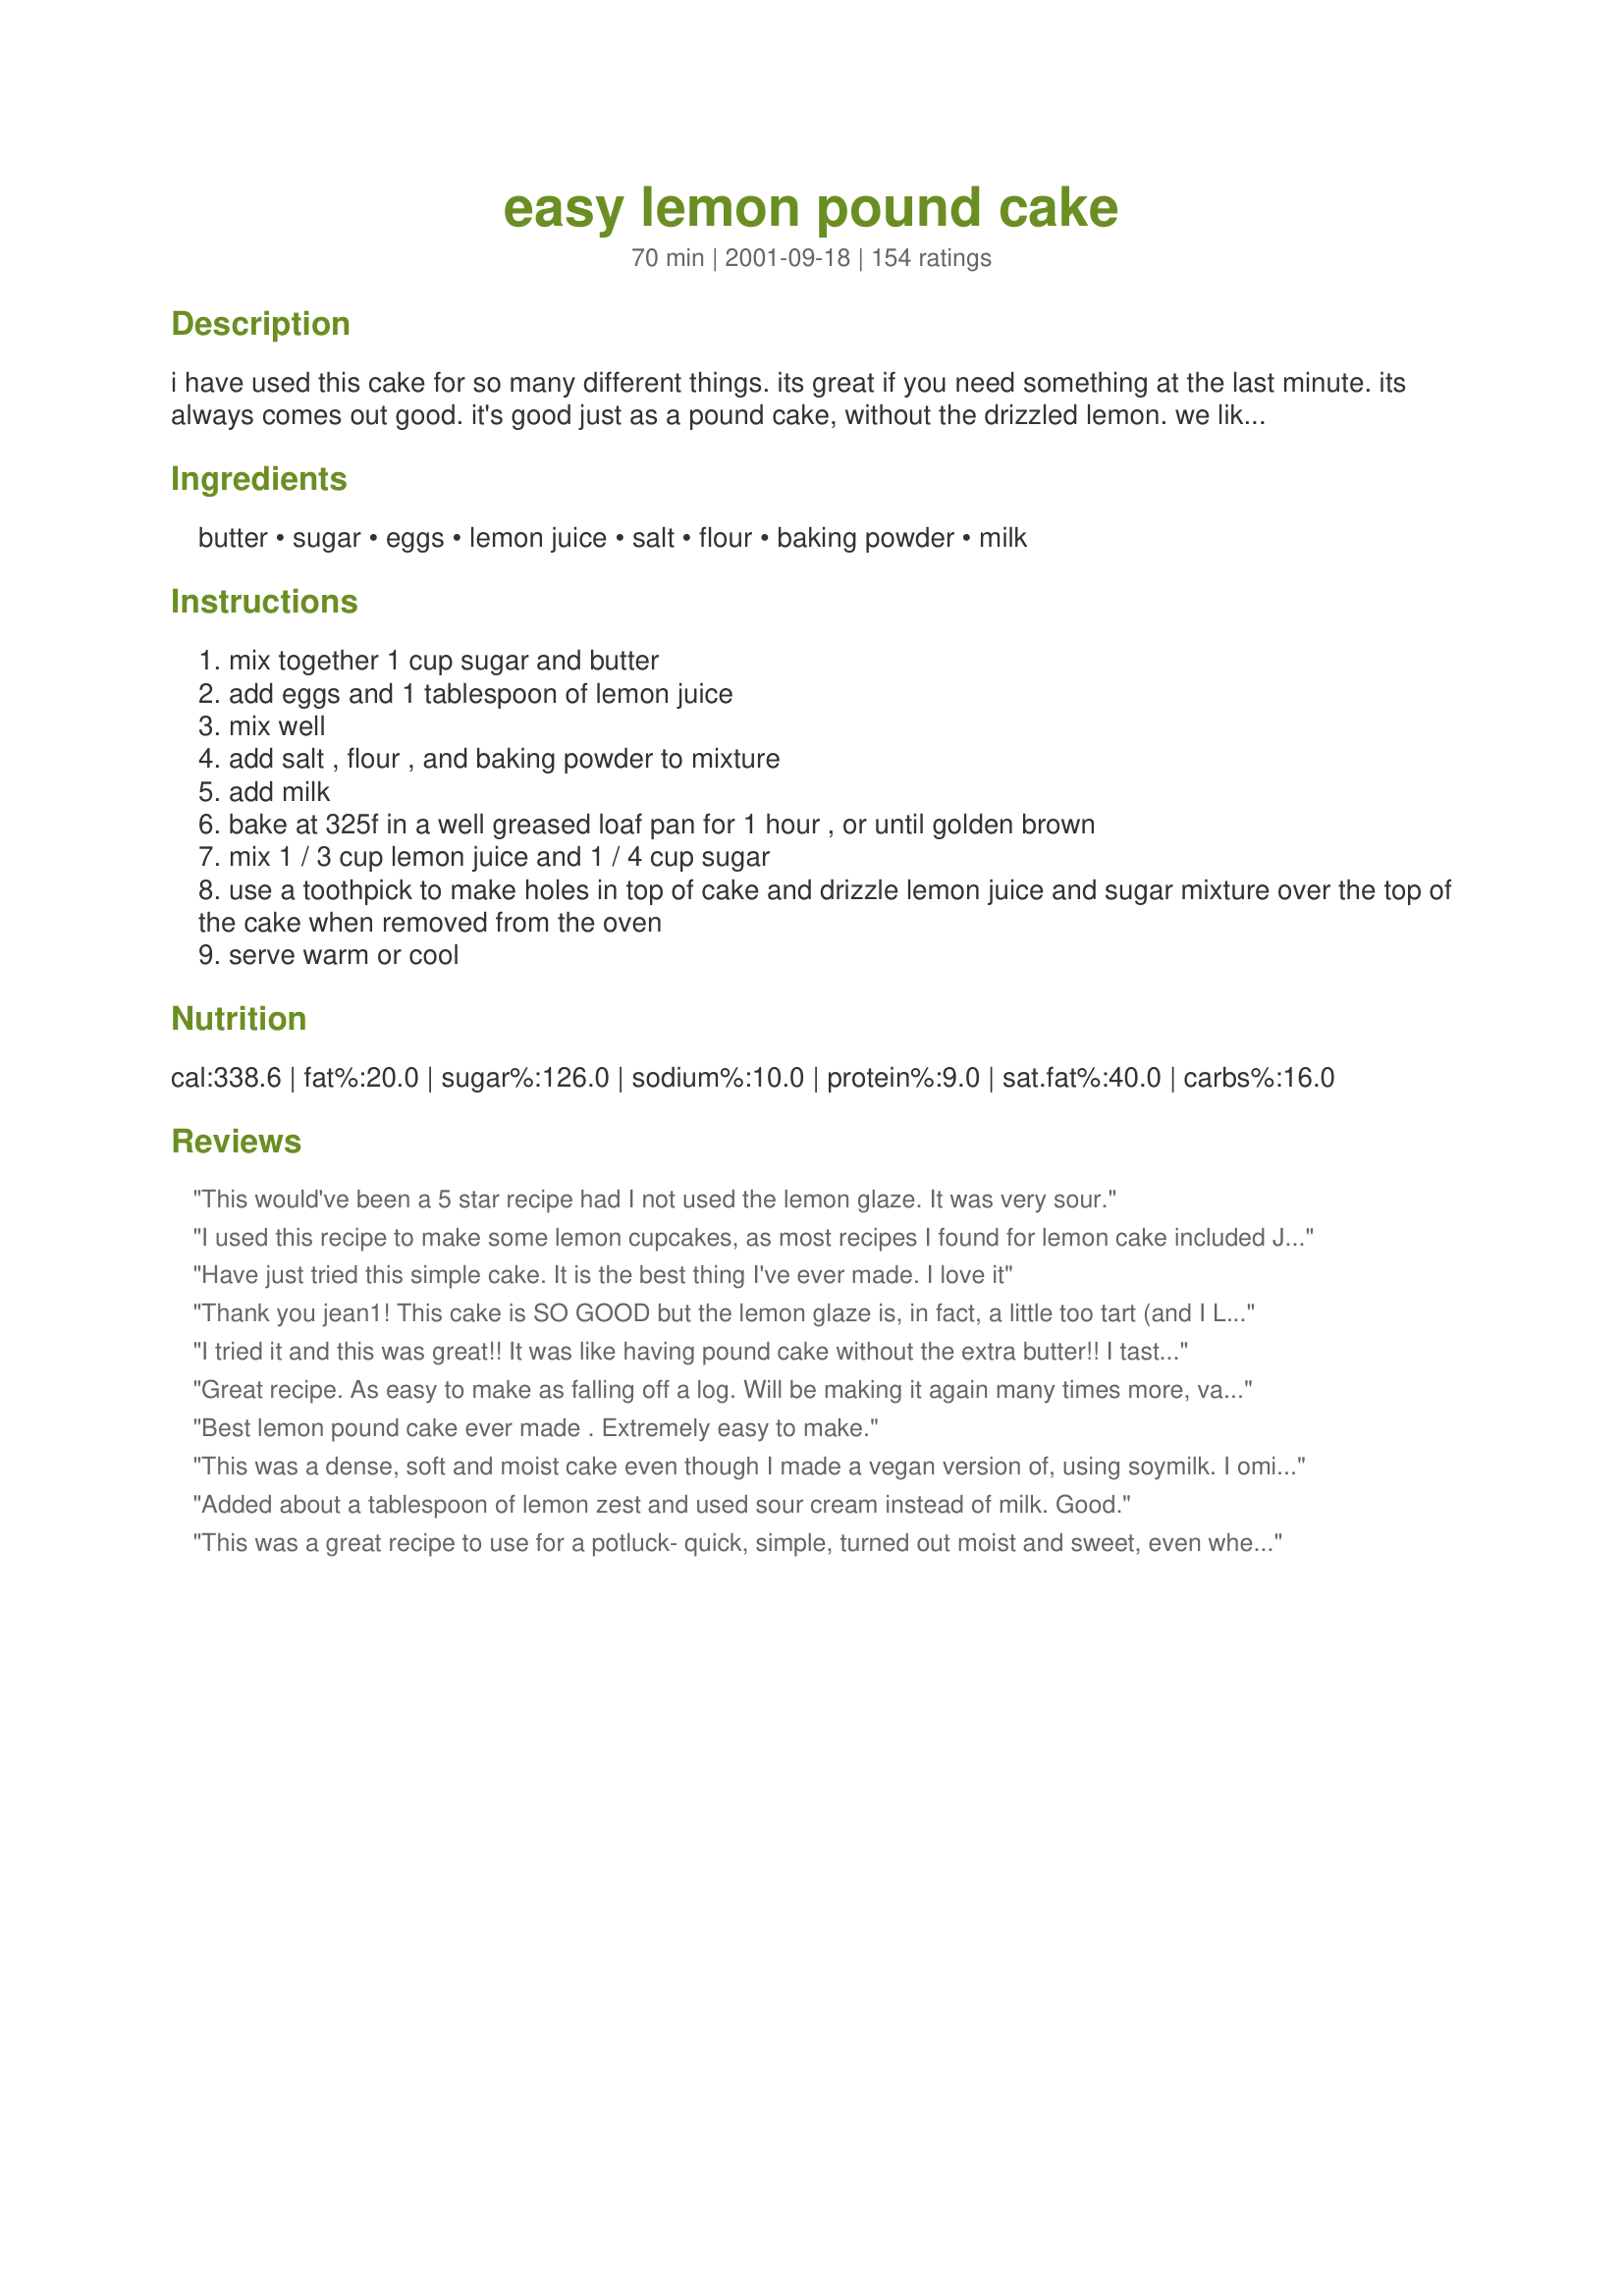
easy lemon pound cake
Preparation time: 70 minutes

i have used this cake for so many different things. its great if you need something at the last minute. its always comes out good. it's good just as a pound cake, without the drizzled lemon. we like it for strawberry shortcake.

Ingredients:
butter, sugar, eggs, lemon juice, salt, flour, baking powder, milk

Steps:
mix together 1 cup sugar and butter
add eggs and 1 tablespoon of lemon juice
mix well
add salt , flour , and baking powder to mixture
add milk
bake at 325f in a well greased loaf pan for 1 hour , or until golden brown
mix 1 / 3 cup lemon juice and 1 / 4 cup sugar
use a toothpick to make holes in top of cake and drizzle lemon juice and sugar mixture over the top of the cake when removed from the oven
serve warm or cool

Reviews:
This would've been a 5 star recipe had I not used the lemon glaze. It was very sour.
I used this recipe to make some lemon cupcakes, as most recipes I found for lemon cake included Jell-O, which isn't easy to find here in the UK. The transition from pound cake to cupcakes worked fine, but I ended up drizzling some fresh lemon juice over the cupcakes before icing them to make them a bit more lemony, as I like my lemon cake to be quite lemony!
Have just tried this simple cake. It is the best thing I've ever made. I love it
Thank you jean1! This cake is SO GOOD but the lemon glaze is, in fact, a little too tart (and I LOVE tart lemony desserts - I have a pinterest board to prove it: pinterest.com/deluxerx/the-lemon-merchant/) &lt;br/&gt;I offer this glaze as an alternative | Lemon Glaze: 1/4 cup fresh lemon juice. 1/4 cup sugar. 1/8 cup water. To make the glaze: Mix all ingredients in a small saucepan and stir. Cook over low heat without stirring till the sugar dissolves. Turn heat up to medium and cook mixture until it JUST starts to becomes syrupy. DON&#039;T overcook or the syrup will start to turn brown. Use a round chopstick to poke holes in cake and pour glaze over cake. Oh yeah, I also added the zest of 1 lemon and 1/2 tsp of vanilla to the batter. Amazingly delicious and easy recipe.
I tried it and this was great!! It was like having pound cake without the extra butter!! I tasted like a "light" pound cake to me. I doubled the lemon based on the advice of other reviewers. The glaze really brings it all together! I used my 8 count mini loaf pan. Thanks for posting!
Great recipe. As easy to make as falling off a log. Will be making it again many times more, varying the flavour, maybe adding sultanas or slicing it in the middle and adding jam and buttercream. Thanks a million. Anna x
Best lemon pound cake ever made . Extremely easy to make.
This was a dense, soft and moist cake even though I made a vegan version of, using soymilk. I omitted the salt, as I usually do and used a mixture of white, whole-wheat and buckwheat flours and baked it in my kugelhopf tin since the bundt cake in the photograph looks so tempting. Additionally I increased the quantity of baking powder to 1-1/2 tsp. and added 1/2 tsp. of baking soda. Since I did want the extra sugar of a glaze and because I desired an ultra lemon flavour, I added the zest and juice of lemons. Incidently, I did not replace the eggs except by increasing the baking agents. The lemon made up for the liquid content of the eggs as well as presumably reacting with the baking powder and soda to produce well-risen cake. I have not had success with lemon-cake for a while but this certainly compensated for the past failures. Thank you. I will use the recipe again.
Added about a tablespoon of lemon zest and used sour cream instead of milk. Good.
This was a great recipe to use for a potluck- quick, simple, turned out moist and sweet, even when I ended up using a toaster oven. I have been requested to bake this again, although I'll have to make a lemon frosting, as I have no powdered sugar for a proper glaze.
Im sorry but this isn't a good recipe for me.... i followed everything step by step... but all i could taste and smell was flour... I had to throw it away..
I love this, super easy, everything is already on hand. Terrific!
WOW! this cake is beautiful! I two added a bit more lemon, just because i love lemon. I added half a lemon which is probably 2 or so table spoons of lemon juice. But then i ended up having to put less lemon juice on top with the sugar. But two huge thumbs up, this cake is wonderful, it turned out SO soft and perfect. 10 outta 10!
This cake has a lot of potential. I didn't like the idea of soaking the cake with lemon/sugar drizzle so I left that off. The cake by itself wasn't sweet enough for MY family because we all have a really bad sweet tooth. I would definitely add more sugar next time. I did add some lemon zest from one lemon but next time I won't be so bashful. I would add the zest from 2-3 lemons for sure! Also, if you like lemon as my family does add more lemon juice to the cake. I used 1/4 cup of milk and just over 1/4 cup of lemon juice. Next time I may use only 1-2 tbsp of milk and at least 1/2 cup of lemon juice. Btw I did have to bake mine about 1 hr 20 min, but the texture was great! It was moist and light. I will bake this again and make more adjustments until I get it just right :)
Very easy to make and the result is a dense, moist cake. Took the suggestion of previous reviewers and added more lemon to the cake. Actually I added about one tablespoon of lemon zest. Made the glaze but did not pour it over the cake at once. Instead I drizzled a little of the glaze on every slice of the cake whenever we ate it. Yummy! In between I kept the glaze in the fridge.(it did not have to stay in the fridge for too long as the cake was gone within a couple of days)
Thanks for posting.
This one is a winner. To add to the chorus, I doubled the amount of lemon in the cake and added the zest of one lemon. Moist, not too heavy, delish with some strawberries from the farmers market and whipped cream.
My cake did not turn out well. I followed the recipe exactly and found my batter to be thin and nothing like traditional pound cake. I greased the pan well, yet the cake stuck to the bottom. I don't know if flouring the pan would have helped or if the cake was meant to stay in the pan. The directions were not clear on this. I ended up trowing it out. I started again but used a recipe from a cookbook which I had no problems with (the batter was much thicker). It also had a glaze than you poured on after removing from the pan. I'm not sure what went wrong. I've been baking for 40 years and I'm puzzle with this one. I reread the instructions to make sure I had not made a mistake. I'm not giving this any stars because other reviewers love it. Sorry!
This was great. I dont like cake much at all but this was really good. It did taste more cake like than pound cake like, but ever so good. And the topping was the best part.
Absolutely delicious! I used the juice and grated rind of one lemon and only 1/4 cup of milk. Lovely texture and lovely lemon flavor.
i made this cake according to the directions, but i used glass loaf pan so i reduced the temperature by 25 degrees (still baked for one hour). it was basically perfect, maybe a tiny bit overdone on the edges, so i'd probably bake it for a shorter time next time.
Delicious! I added zest of one lemon and a bit of lemon extract. This cake is lighter and not as dense as a traditional pound cake. We all enjoyed it.
I made this on a whim and my family loved it. So easy to whip the ingredients together (in one bowl!) while dinner is cooking.&lt;br/&gt;&lt;br/&gt;I only made a slight change - I added the zest of the lemon to the cake because I love lemon zest. &lt;br/&gt;&lt;br/&gt;It&#039;s great. Don&#039;t skimp on the glaze!
This was spectacular!!! I added a little lemmon zest and omitted the salt and baking powder, using self rising flour. My hubby sampled it hot and loved it!! It made two loaf pans so I wrapped them up while still warm in wax paper, then foil. The next day this was the talk of the moring, very moist and delicous. Thank you so much!!!!
I substituted half of a cup of flour with half a cup of unsweetened fine coconut. Wow, this becomes a very moist, yet lightish still.
I need more stars!! This cake is great - so great in fact that when I thought about taking a picture of it to go with this rating my husband had already eaten two slices!! I am still &quot;experimenting&quot; with baking so I am always looking for easy recipes and this one is perfect. I didn&#039;t have to worry about alternating the dry ingredients with the wet or anything else too complicated. I did let my eggs come to room temperature and floured as well as greased my pan and used confectioner sugar and fresh lemon juice for the glaze. Soooo good! I&#039;m going to have to make another one just so I can take a picture of it!
I Love this cake. It is soooo easy to make. The first time I made it, I obviously did not read the directions right, because I thought the milk went on with the topping, not in the cake. So after it baked with no milk, I just doubled the lemon juice, sugar on poked several holes for the topping to soak in good. It was great!!!. Next time I made it correctly, with milk. This version was delicious as well. I think I might lean to the one without the meal though. Thanks for the recipe.
I'm not sure how this received such high reviews. Just tried it and I am not a fan. It doesn't taste like a traditional pound cake and the lemon/sugar dressing at the end makes it too sour.
Lacked a lemon flavor unless you put the sugar glaze which makes it soggy
Good cake. I doubled the amount of lemon juice in the cake, and added a little bit of lemon zest to the batter. The cooking time was perfect, and the cake came out delicious! The glaze was really very tart and runny, it didn't act like a glaze so much as extra lemon flavor throughout the cake (which isn't necessarily bad), next time I'll use less lemon juice, a little butter, and powdered sugar instead of granulated sugar.
This recipe was easy and simple. I added 3 TBSP of lemon juice instead of 1.
This is a yummy cake. It&#039;s great with strawberries! My family really enjoyed it. The lemon juice and sugar mixture that goes on after baking gives this a wonderfully tart flavor. I also added the grated zest of one whole lemon to the batter. That made it even more lemony! I will definitely make this again. Note, this really doesn&#039;t have the dense heavy texture of pound cake. It&#039;s still good though. Thanks for sharing the recipe.
Sorry, I cannot recommend this recipe. I, unfortuneately, agree with Mary74.
I have to agree with many of the other reviewers that this is an excellent, yet simple, recipe. I live in Costa Rica and it's difficult to find lemon juice, so I substituted lime juice, but did add a bit of dried lemon zest, and it tasted great! Thanks for sharing the recipe.
This recipe is really easy and delicious! I have used it as a pound cake and cupcakes with lemon frosting. Both turned out moist and perfect!
I use lime juice instead of lemon. Sometimes I top it with coconut also.
This is a great recipe. It's not the classic "pound cake" texture, but I like that I had all the ingredients on hand. It was good with and without the lemon drizzle. I did as the other reviewers suggested and added some lemon zest to the batter.
This cake was awesome, and really easy. I did up the lemon juice and added zest of 2 lemons as others had suggested. Thanks for the easy recipe!
Thank you, this was outstanding. My husband loved it.
This is a keeper! Everyone loved it. I doubled it and made a bundt. The lemon glaze was just a little too lemony for me so I cut the juice and added more sugar. Terrific!
What a simple great tasting recipe - Whole family loves it - I made two so I did not have the same issue as Sharlene
It was easy and looked nice, but I didn't enjoy the taste. I have a real sweet tooth though, so sweet is my preference. My family however said they liked it.
i loved it ! that was an excellent cake.. i threw in some pistachios, added 2 more whole lemons,and 2 grated lemons,it turned out just AWESOME AND PERFECT!thanks alot for sharing, will be making this alot ! :)
this cake was amazing! i brought it to a b-b-q for memorial day and it was gone before you could say the alphabet backwards and its good for all ages!
I made this cake this afternoon and was very disappointed in the way it came out. I would not call it a poundcake at all. It was spongy and very sugary and i didnt make the drizzle. I will look for another recipe and not forward this to anyone....sorry Would not make this again....also batter was very thin.
Thanks Jean1, this is a keeper. I doubled this and it still did not last very long. I would like a little more lemon flavor though and may try adding more lemon juice to the cake.
Very good cake! Went together easy and came out just as I expected. Perfect! I followed the recipe to a "T" and used a bunt pan. Thanks for the great recipe! IT was a HIT with my family
Pretty delicious lemon cake. I used 1 tsp lemon extract in the cake and 3 TBSP lemon juice and 3 TBSP sugar for the glaze. That's all the lemon juice I had, and I don't like tart lemonade/lemon cakes, so that's why i did equal parts sugar and lemon juice. 1 hour was too long in my oven, so next time 50-55 minutes.
I made this cake for my birthday (first time making a cake from scratch), and it was easy. I'd recommend this cake for anyone just starting out, but it is GOOD.
This recipe was quick and easy and delicious. I use it to make several pound cakes for my church.
This is a very easy recipe. I loved it and my DH loved more. It`s a keeper!
Thanks jean1
Absolutely the easiest, tastiest pound cake I've made...a great foundation to build upon! It produced a lovely dense, yet light, pound cake texture. I made some minor changes, added a tbsp of lemon zest to the batter, swirled in a few tbsps. of rhubarb-strawberry jam, and omitted the lemon-sugar drizzle. This recipe has now become my go-to for pound cakes and bundt cakes too! Wonderful!
I'll definitely make this recipe again. I did add 2 1/2 T. of lemon juice to the batter, and it seemed just right for this family. Thanks Jean1...will hold on to this one.
Perfect poundcake! Next time I'd add lemon zest to the batter to increase the lemon flavour and if using a bundt pan I'd double the recipe.
This was a very tasty and simple pound cake recipe. I followed the recipe exactly except I was a little short on lemon so I just grated half of a lemon's worth of zest and put that in the batter instead of the lemon juice. I really liked the lemon glaze on top and the recipe was very easy. I would add even more lemon next time. Thanks for the good recipe!
This came together easily and quickly. Since I was using lemons off my backyard tree, I zested the lemon and added it when I added the flour and baking powder. Also, I changed the glaze to powdered sugar instead of granulated (and added some zest to that as well). Great quick dessert.
I used oil instead of butter and got a very dense moist cake. The dough was more like a batter and as I'm not sure it was meant to be that way. That's why I'm only leaving a comment and no rating. I'll try this recipe again and will make it as stated, because I really like the flavour, so i'll update this review next time.
Just right for when you want a cake that isn't too rich. I threw in some grated lemon rind, instead of just throwing it out. Don't know if it made much difference, the cake was delicious anyway.
excellent cake
it was light and fluffy
easy to follow
and the cake was deliciously moist with the syrup soaked through
Thanks for sharing jean
This was DELICIOUS. I cut the recipe in half and made it in a muffin pan, since I don't have a mini-loaf pan. I did keep the drizzle recipe the same though, since I love lemon flavor, and it sure did soak through the whole cake making it very moist and lemony. I think this would be great to serve to company, even in individual bundt cake pans if I had any. Thanks so much for posting!
I didn&#039;t follow the exact recipe so I don&#039;t think it&#039;s fair to give this any star ratings. I split the milk amount in half &amp; subbed lemon juice for 1/4 c. of the milk. The cake is tasty &amp; has a good density &amp; crumb but there&#039;s something about the glaze that is off for me. I&#039;ll try to make again &amp; follow the directions then I&#039;ll give it a star rating.
This recipe was absolutely delicious! I am not a fan of lemon, so instead I substituted lemon juice for 1/2 - 1 tsp. of vanilla and 1/2 - 3/4 tsp. of cinnamon. I started to put the batter in a mini cupcake pan (12) and cooked that, then decided that it would take too long and poured the rest into a regular cake pan (which is still cooking!). I'm so glad that I made the mini cupcakes because they are holding me over till the cake is done! The glaze I am using came from a separate recipe I found in a magazine. 1 Tbs. Butter, 1/2 C powdered sugar, and 2 - 3 Tbs. milk. Whisk the butter and gradually add in the sugar and milk to get a nice thick, creamy consistency, drizzle over and allow to set. (For this cake recipe, the icing recipe would have to be doubled or tripled.) Fantastic, easy cake...will be making this again and again when I'm having one of my "sweet" cravings!
What a great recipe! I made this & brought over to my sister's house. Her husband couldn't get enough of "that bread". This is a keeper.
Excellent taste! Very easy to make. My family enjoyed the poundcake. Thanks!
Very easy recipe - same as my Mum used to make when I was little. Thanks.
Carolynne
It is a good lemon cake recipe (not a pound cake recipe).....until you pour the glaze over the top. At that point the cake becomes way too sweet and lemony for my taste. My seven year old son, who loves all things lemon, ate a couple of bites and said it was too sweet. Also, even though I greased the pan well, the cake still stuck to the bottom. All of that glaze makes the cake very moist and difficult to remove from the pan.
This was very easy to put together. I used the batter in a lamb cake mold (it fit perfectly) and baked it for the specified time. The cake turned out perfectly. I didn't add the lemon and sugar mixture on the cake since I was going to frost the lamb and add coconut but I'm sure that the mixture would have been a nice addition. The lemon flavoring was very delicate (to me) and a very nice twist on traditional pound cake. Thank you very much for posting this recipe. I'm sure that this won't be the last time I make this cake!
This was a great cake. Closer to a cake than poundcake, but then again it didn't have a pound of butter in it either. I was looking for an easy recipe for a Lemon-Scented Mascarpone Trifle I wanted to make, and didn't want to use store-bought pound cake. This was the quick-n-easy recipe! I upped the lemon juice to 2 tablespoons and used 1/4 tsp. lemon oil for extra citrus! I followed the directions, just varying by creaming room temperature (not melted) butter and the sugar. Then adding the room temperature eggs one at a time...mixing until they were incorporated. Then I combined the flour, salt and baking powder and slowly added it alternately with the 1/2 cup milk, beginning and ending with the flour and mixing only until things were incorporated. No beating. Mine baked in a 9x5 loaf pan in 50 minutes. Delicious! Thanks for a fast and easy recipe.
im not a big fan of pound cake or lemon but this recipe was very easy and good. it rose a lot and was beautiful. i sliced it up and put it on a platter with a sprig of mint in the middle for a baby shower. hope it goes over well!
This basic easy lemon pound cake is far the Best ! I make a lot of pound cakes. This is my favorite. Thanks for sharing.
Three words &quot;YUM&quot;. I added more lemon and less milk. Simple and easy to make.
Nice and easy!

As others, I added more lemon, and a touch of cinnamon, it turned out great and easy to decorate :)
Delicious, but I wish it was a little more moist. Probably I didn't add enough milk because was lazy to go to the grocery store to get more. I also didn't make the glaze, added lemon zest, cinnamon, and grated chocolate. Now can't stop eating. Will definitely make it again.
This was such a moist pound cake. Very easy to make and very tasty. Like some of the other reviewers, I think the lemon flavor could have been stronger, so next time I make it I'll add more lemon. I didn't make the glaze... instead I topped it with some lemon cream cheese frosting I had made. It was delicious! Thanks for sharing this great recipe!
really good cake had a real lemon taste and easy to make
I made this for my sons second birthday party because I needed something I could cut into shapes without it falling apart. I doubled the lemon and it turned out great! I used a buttercream icing and turned it into a cute construction cake. I got tons of complements and I posted a photo. Thanks!
It wasn't bad, but it wasn't great. This recipe was like homemade bread with a light lemon glaze. I didn't have a loaf pan, so I used the smallest pan that I had.
People should quit trying to improve on this recipe. It&#039;s perfect the way it&#039;s written.
This was a snap to make, so easy! Dumped the ingredients all in at once and turned out fine. Cooked in exactly an hour using the loaf pan. Used fresh squeezed lemon juice. Might dust with powder sugar next time in addition to the yummy glaze. Thanks, will definitely add this into our dessert rotation!
Made this for 2 BD cakes for the past week. Doubled the batch to bake in bundt pan. Drizzled lemon/sugar mix 2 hours before serving the next day, YUM!
Love and so easy. Melted the butter, mixed the wet ingredients. Mixed the dry ingredients in a separate bowl and added to wet ingredients. I&#039;m lazy so I used the lemon that comes in the squeeze bottles and doubled it. I substituted Splenda for the sugar and it turned out yummy. I skipped the drizzle and made a glaze out of sugar free lemon pudding mix, powdered sugar and a little milk. For my next trick I think I&#039;ll cut in half and frost the middle and the top only because my son loves the frosting.
This cake is great.
I agree it's more cake like than pound cake but truly tastes wonderful. I contemplated adding some zest and may do so next time.
5 stars all the way for this one!!!!
Wow , so incredibly easy to make and the taste!!!! The glaze is not for the lemon squeamish! But we love lemon so it was just great for us!

Love the texture , bake time was right on for my oven.

My photo isn't as pretty as the bundt looking cake :lol: but oh man does this taste good!!

Made for the Live Strong Photo Challenge , May '08
This pound cake is delicious! I did add 1 teaspoon of grated lemon rind to the batter.
I substituted whipping cream for the milk. Turned out a little richer but still more like a regular cake. Delicious nonetheless!
It's a great quick recipe. The taste is delicious. The only thing i can advice is, please do not hurry removing the cake out the pan:)) i would like to put lemon and sugar after i remove it , but i couldn't... so just follow the recipe:))
I made this all last summer and just made it again tonight for the first time this year. I made minor changes. I double this (except for the glaze) and I add the zest of 2 whole med. lemons in the batter. Then I bake it at 350 for about 105min in a large heavy dark metal Noritake fancy loaf pan. (your oven may vary-toothpick test in the center still applies). The edges get deep brown but not burnt and it tastes great. I glaze w/ a single batch of glaze rather than double. I cut my loaf in slices in the pan but it doesn't stick.(I spray my pan well with crisco oil spray before filling). This is the perfect summer cake served alone or with fresh berries.
Horrible, horrible, horrible! I don't know if I did something wrong but the cake did not rise at all! It was a dense mess...I am still waiting for it to finish baking and at least taste it.
I've just finished baking this cake for the first time, it turned out wonderful! I used self-raising flour instead (did away with the baking powder), went slightly less on sugar, and doubled the lemon juice to more than 2 tablespoons. I also added in plenty of lemon rinds - almost three lemons' worth of rinds - which really enhanced the flavor with a very fresh and citrusy fragrance. I wouldn't hesitate to add even more next time! I also added a tinge of almond essence (~1/2 teaspn) for a nice twist and it complimented the flavor well. The end result already tastes so delicious and lemony that I find it unnecessary to have additional glaze - a nice way to cut back on mmmore sugar :). This recipe is a must-keeper.
My husband and daughter love starbucks lemon loaf and I had tried another recipe, it was okay. They loved this one, very easy to make. I've made 2 in 2 days, and will probably have to make another one before Wednesday. I forgot to add that I decreased the milk amt and added more lemon juice, both by 1/4 cup.
This was so easy to make and it tasted great; my whole family liked it. i will be using this recipe alot! thank you jean1.
An exellent and simple recipe!!
Delicious and easy to make. Added 1 tsp of lemon extract to mixture loved it !!!
Delicious, quick and easy. Unlike everyone, I just followed the directions. DELICIOUS. There is not a ton on lemon in the batter because there is plenty in the glaze. Perfect for a quick dessert.
This a lovely simple and light lemon loaf recipe. My suggestion is to bake it in a loaf pan for best results. For my last bake I used 1 tsp of real lemon crystals from Amazon and pretty much followed the recipe as is. I did add a tsp of fake vanilla. I did not have any lemons. It is very tender and moist. I will try and make cupcakes with it the next time. I bet it would be good to make homemade Twinkies as well. I used 3% whole filtered milk.
Easy and delcious! Took 50 minutes in my bundt pan. Next time I may add lemon zest to the batter.
This cake is sooooo yummy. I did, like all the others have said, add more lemon juice as well as lemon zest and WOW...Delicious. It just came out of the oven and it is almost gone. Thanks so much for the recipe. It is a keeper
Mmmmm! So I just made this deliciousness an hour or so ago. I doubled the recipe (dropped the milk down a bit and added a couple more tablespoons lemon juice). The plan was to serve it tonight for my husbands birthday. Yeah, right. I managed to drop it as I was taking it out of the bundt pan, so I will no longer be serving it whole, BUT the broken pieces are so darn delish! I can't wait to make it again...just as soon as I wash the pan I baked it in!
Really easy and tasty. I put this batter in a ring cake tin instead of a loaf pan. I only cooked it for 40mins total (150 degrees Celsius, which is lower than the stated temp of 325 Fahrenheit). Though I did have it on fan bake. I actually put the lemon and sugar on about 5mins before I stopped baking it rather than once it was fully cooked. It turned out really soft and tangy and delicious warm with ice cream.
Delicious! In the cake, I added about another 1/2 Tbs. lemon juice and the zest of 2 lemons. I actually found that the glaze was a bit tart for my taste, so might cut the juice a bit next time.
Easy and delicious....Doesn&#039;t get any better than that.
The cake was ok but the glaze makes it way too sour. I'd suggest skipping or reducing the glaze. Extra Moist Lemon, Sour Cream and Vanilla Pound Cake 94496 is a better lemon pound cake recipe.
what I loved about it was that it was easy...one bowl & no buttermilk. I used it to get to another product I'd seen on food.com without all the steps. In essence, I added two cups of frozen triple berry blend. I put a tablespoon of flour and a little sugar in with the berries & mixed them prior to adding in. And I added them right before stirring in the milk. That made the mixture purple, but the cake came out a good color. <br/><br/>I really didn't like the glaze step because it had me fearful of sogginess--which my husband complained of. He also complained of too much lemon flavor. I thought the opposite--not enough, but he got the edge piece so that's probably why. Anyway, due to those complaints, I'll follow other reviewer's suggestions and either put more lemon juice into the cake--trading 1/4 cup of milk out for 1/4 cup of it then not add the glaze. Or I'll use POWDERED sugar, rather than normal sugar, in the glaze to thicken it.
More like a cake than a traditional pound cake, but it had a good flavor and texture. Especially liked the drizzled lemon/sugar. Don't know how it was at room temperature--it was all gone before it had cooled.
We enjoyed this last night. I added the zest of one lemon and was glad that I did because the lemon is very subtle. My cake didn&#039;t rise... Although I made as instructed. It still tasted good. Next time I&#039;ll be more careful when putting it together
The cake turned out soft and lemony. I doubled the lemon juice and added the zest of 2 lemons. I cut the glaze in half and still didn't use all of it because I didn't want the cake to be "wet". It was still pretty moist. It's a keeper!
outstanding.....very good Jean.....I used orang juice with some peel in cake and for icing I used a bit lemon extract with pineapple juice ..andcup of icing sugar...going to make another one today using cranberries....one of the best ive ever had....
Love this recipe. I use it as a base for several other variations. Orange pound cake (orange juice instead of lemon), ginger spice (use vanilla instead of lemon juice and a powder sugar glaze), etc,. The variations are endless!
WOW!!! this cake is great. i just make it in under 2 hrs.... my mom loved it for her birthday...... btw.... i added some mixed flavor essence and some snicker bar
Wow, wonderful! I served with sliced sugared strawberries and vanilla ice cream. So easy and rave reviews from everyone. This will be my new go to recipe. &lt;br/&gt;I substituted some of the milk for lemon juice (1/4 cup when recipe doubled)&lt;br/&gt;For glaze I used equal parts OJ and sugar, heated until dissolved.
I made this cake on Sunday and it was really good. I substituted powder sugar instead of sugar for the glaze. And Meyers lemons... my husband ate the whole cake.
I thought this was just OK. Except for using whole wheat pastry flour instead of white flour, I followed the recipe very closely. Not spectacular. But easy.
This was very good, a bit tart, but good. We loved it thank you!
This cake was awesome! Not too sweet, and perfect with strawberries on top! I also added about a tsp of lemon extract to bring out more of the lemon flavor. So easy!
Very good, very easy, and you can use it more than just a pound cake. This recipe has been added to my personal cookbook.
Like some other reviewers mentioned, this is more like a cake than a pound cake. But it was still nice. I doubled the lemon in the batter and skipped the lemon sugar on top. It tastes better the next day. I&#039;ll be still on the lookout for a light pound cake though.
The cake was really good but the lemon juice/sugar spoiled the taste for me :(
This is easy yet delicious family loved it !
This recipe so reminded me of something my Mom used to make when I was younger. I served it with fresh strawberries and Recipe #390290 for the topping. Lovley!!!
i followed the recipe for the cake, but i added 1.5 tsp of vanilla to the batter and used duck eggs instead of chicken eggs because of their richer and creamier texture. theyre wonderful for cakes and quiche. i am glad i added the vanilla because even with it, its still not that sweet. this could be because i opted for splenda over sugar because its all we have in the house. it came out acceptable, but i will be searching for a different pound cake recipe.
As others have stated this wasn&#039;t really like a pound cake. It was very rich, more than I care for (look at the amount of butter!). But it was good and people liked it.
I tripled the lemon juice in the batter and made a glaze rather than pouring the lemon juice/sugar syrup mixture over the cake warm. I also added some cream cheese to the batter. Overall, the cake had a nice, buttery flavor. I thought it would be a little more moist though (although that was probably partly my fault, since I didn't make the syrup).
I added orange blossom water and vanilla extract to the mix and it was a great success. Very moist, holds very well at room temperature. People were disappointed that I only made one.
Dangerously delicious! Followed recipe exactly and wouldn't change a thing, except maybe put a little more lemon juice in the batter. Thanks for the amazing recipe!
I had to make a cake last minute using what little I had in the pantry. This cake was perfect. Easy to make, great taste, simple ingredients. The only different thing I did was mix the dry ingredients first, then add to the butter/sugar mixture. I also drizzled a glaze made with lemon juice and powdered sugar with a bit of lemon zest for appeal. Thanks for posting it, very nice recipe.
Thank you jean1 for the lovely recipe. This was the first time in my life I baked a pound cake (I'm an oldie but goodie). This is a moist, delicious, yet elegant pound cake. This one really deserves more than 5 stars. Was simple and quick to make as written. My adult daughter said this one is a definite keeper. The only thing I did differently was to make it in a bundt pan and it turned out wonderfully. Yummmm. I will make this as our dessert choice for Easter.
This pound cake is DELICIOUS!!! I had some extra lemons I needed to use and am sure glad I came across this recipe. I like others doubled the amount of the lemon juice, used the zest of 2 lemons and I also used buttermilk. I also added the almond extract. The texture is so light and airy. This will definately be my go to dessert recipe when I need something quick and easy. Thanks so much for posting!!
It was ok, no one in my family liked it. The lemon drizzle makes it awful. A lemon frosting would be better. I would not make it again, and I love lemon.
I made this cake and accidently forgot to add the milk and the cake was still moist and delicious.
I added some lemon zest, subbed sour cream for the milk, added a tbsp of water to the glaze and essentially made a poke-bundt cake and added a light coating of simple cream cheese frosting. It was fantastic!
This cake was very good, and there wasn't any leftovers for another day!
This recipe is a keeper. I followed other reviewers and doubled the lemon. It was a hit at my house. Thanks for posting it,
Delightfully moist and light and very lemony.
This was so easy to make and so delicious! I kept the lemon drizzle seperate and also made a mix of fresh strawberries with a tiny bit of sugar. When we were ready for dessert, we topped our cake with strawberries and then the drizzle. So yummy so yummy! :)
Awesome. Took other reviewers' advice and added 2 tbsp of lemon juice and zest of 2 lemons. I love lemon. I have a small oven (9 liters), and it took only 30 minutes for the cake to be done to golden brown. Will try glazing next time. Thank you for sharing. Will be making it next when by BF comes for a visit. Thank you once again.

Update: Tastes even more good the next day. The best ever.
Delicious! I read a few other reviews before I made it and added in an extra tablespoon of lemon juice and the zest of one lemon. It turned out perfect!
All these recipes just use 1-1/2 cups of flour I use like 3 cups and eat the whole thing!! I just double everything unless i have a feeling it is over.
This recipe was wonderful!! It was gone in less then a day. I would advise to us fresh lemon juice, do not use a bottle juice. It was good cold, but amazing warm.
Very good, light texture cake. The cake itself does not have a strong lemon flavor. If you like more lemon maybe add some zest which I will try next time. Otherwise very very good!
Excellent and easy to make! I followed a lot of the reviews and doubled the lemon in the batter. That along with the glaze, we found it to be the perfect amount of lemon flavoring! Went excellent with sliced strawberries. Great recipe!
I made this for my family with the intent to put strawberries and whipped cream on top. BUT, it didn&#039;t last that long. They all dug in as soon as I took it out of the pan. Since I was going to do the strawberry thing, I opted to not but he glaze on top. Next time I will add the glaze since I know my family likes it just as the cake. Thank you for such an easy cake to whip up.
Super lemony! I kicked up the flavor even more by adding lemon zest to the batter and syrup, and then really sent it over the top by finishing it off with a lemon glaze (about 1 cup powdered sugar mixed with a couple tablespoons fresh lemon juice and lemon zest). &lt;br/&gt;&lt;br/&gt;This recipe works equally well with lime. Just substitute equal parts lime for lemon. And if you add the zest, the finished product comes out a beautiful pastel green color. Enjoy.
Definitely more like a cake as other reviewers have mentioned. I think 60 minutes is far too long, next time I&#039;ll try doing 50 minutes and check from there. I also did an oops and used powdered sugar instead of granulated, so it would be nice if original recipe clarified. It definitely probably meant granulated! Overall not a bad recipe, but I&#039;ll try others before coming back to this one.
I added lemon zest from 2 lemons and instead of a tablespoon of lemon juice I did half juice half pure lemon extract. I heated the 1/3 cup of juice with 1/4 cup sugar until the sugar melted. Waited 10 minutes when cake came out of oven- poked holes with wooden skewer, then poured syrup over/in. I'm in danger of eating the whole cake myself
I don&#039;t have a loaf tin so i used a regular baking tray. I managed a few cup cakes too. Absolutely deelish! I love a nice strong lemon flavour, so i added in some lemon rind as well. I frosted the cup cakes with Nigella Lawson&#039;s royal icing (which has a subtle lemon flavour so it&#039;s perfect). They look heavenly and taste even better. I made them for my mother in law who&#039;s coming in day after tomorrow. But with my husband around, I might have to bake another batch tomorrow evening!
This lemon pound cake is delicious! So simple! The texture is like pound cake once you let it cool completely or refrigerate it. I will definitely be making this again. Thanks!
I'm sorry to say that my cake didn't rise properly but the flavor was amazing. I think it must have been cook error so I'm not giving any stars until I can try it again.
What a delicious and easy to make, as well as inexpensive, cake! I'd have posted a photo but it went so quickly between me and my hubby that there was nothing left to photograph! Thanks so much for sharing.
This is a pretty good cake. I followed the recipe exactly. I'm only giving it 4 stars because I'm not really sure I'm in love with the glaze. Next time I make this I will try a powdered sugar glaze or maybe even leave the cake plain.
The icing should have specified POWDERED sugar and lemon juice
BEST LEMON POUND CAKE EVER!
Very good with the lemon drizzle and sugared strawberries on top. I made these in large muffin cups for individual servings. Great dessert!
Great recipe! It was so moist with a strong lemon flavor. I added lemon zest. Also I am lactose intolerant and coconut oil (instead of butter) and almond milk (instead of milk) were perfect!
I used 4 tbsp of lemon and put it in a bundt pan. Next time I'll put it in a loaf pan because it was very tiny and didn't rise very well. Not sure what I did wrong, but it still tasted wonderful even if it looked a little funny. Used recipe #54666 for the icing and it was delicious!
